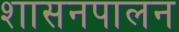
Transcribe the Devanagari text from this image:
शासनपालन